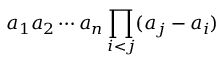
a _ { 1 } a _ { 2 } \cdots a _ { n } \prod _ { i < j } ( a _ { j } - a _ { i } )